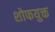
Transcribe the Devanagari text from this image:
शोफयुक्त